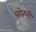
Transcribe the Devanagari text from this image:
पोकरी